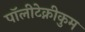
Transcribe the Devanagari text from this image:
पॉलीटेक्नीकुम